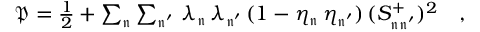
\begin{array} { r } { \mathfrak { P } = \frac { 1 } { 2 } + \sum _ { \mathfrak { n } } \sum _ { \mathfrak { n ^ { \prime } } } \, \lambda _ { \mathfrak { n } } \, \lambda _ { \mathfrak { n ^ { \prime } } } \, ( 1 - \eta _ { \mathfrak { n } } \, \eta _ { \mathfrak { n ^ { \prime } } } ) \, ( S _ { \mathfrak { n } \mathfrak { n ^ { \prime } } } ^ { + } ) ^ { 2 } \quad , } \end{array}